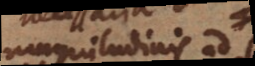
magnitudinis ad